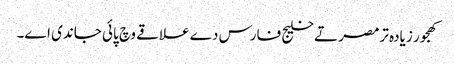
کھجور زیادہ ترمصر تے خلیج فارس دے علاقے وچ پائی جاندی ا‏‏ے۔